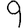
Digit: 9